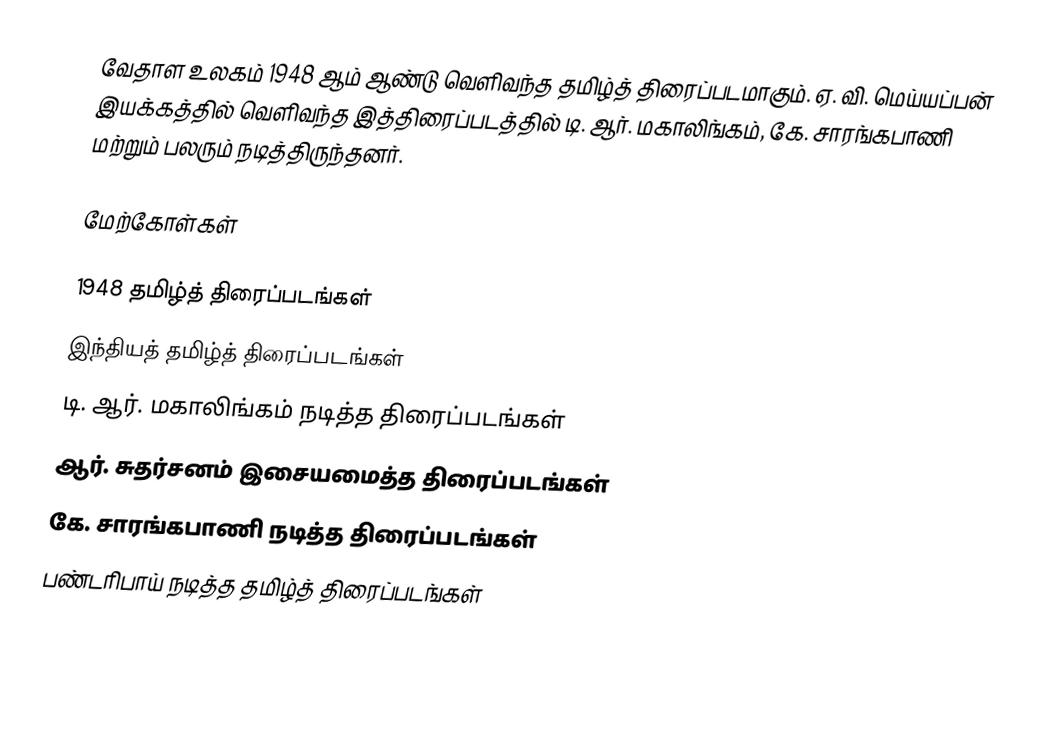
வேதாள உலகம் 1948 ஆம் ஆண்டு வெளிவந்த தமிழ்த் திரைப்படமாகும். ஏ. வி. மெய்யப்பன் இயக்கத்தில் வெளிவந்த இத்திரைப்படத்தில் டி. ஆர். மகாலிங்கம், கே. சாரங்கபாணி மற்றும் பலரும் நடித்திருந்தனர்.

மேற்கோள்கள்

1948 தமிழ்த் திரைப்படங்கள்
இந்தியத் தமிழ்த் திரைப்படங்கள்
டி. ஆர். மகாலிங்கம் நடித்த திரைப்படங்கள்
ஆர். சுதர்சனம் இசையமைத்த திரைப்படங்கள்
கே. சாரங்கபாணி நடித்த திரைப்படங்கள்
பண்டரிபாய் நடித்த தமிழ்த் திரைப்படங்கள்